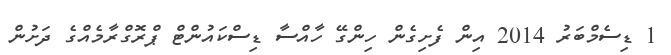
1 ޑިސެމްބަރު 2014 އިން ފެށިގެން ހިންގޭ ހާއްސާ ޑިސްކައުންޓް ޕްރޮގްރާމެއްގެ ދަށުން